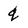
Character: q